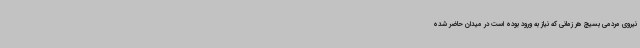
نیروی مردمی بسیج هر زمانی که نیاز به ورود بوده است در میدان حاضر شده